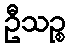
ဦသဉ္စ